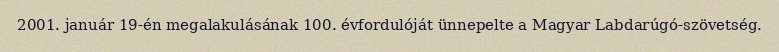
2001. január 19-én megalakulásának 100. évfordulóját ünnepelte a Magyar Labdarúgó-szövetség.